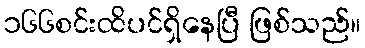
၁၆၆စင်းထိပင်ရှိနေပြီ ဖြစ်သည်။